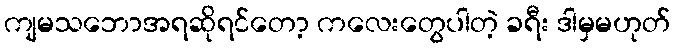
ကျမသဘောအရဆိုရင်တော့ ကလေးတွေပါတဲ့ ခရီး ဒါမှမဟုတ်